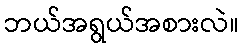
ဘယ်အရွယ်အစားလဲ။